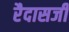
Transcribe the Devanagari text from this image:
रैदासजी